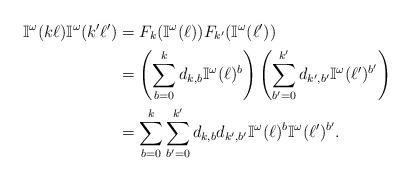
LaTeX: \begin{align*}\mathbb{I}^\omega(k\ell)\mathbb{I}^\omega(k'\ell') &= F_k(\mathbb{I}^\omega(\ell))F_{k'}(\mathbb{I}^\omega(\ell')) \\&= \left(\sum_{b=0}^kd_{k,b}\mathbb{I}^\omega(\ell)^b\right) \left(\sum_{b'=0}^{k'}d_{k',b'}\mathbb{I}^\omega(\ell')^{b'}\right) \\&= \sum_{b=0}^k\sum_{b'=0}^{k'}d_{k,b}d_{k',b'}\mathbb{I}^\omega(\ell)^{b} \mathbb{I}^\omega(\ell')^{b'}.\end{align*}